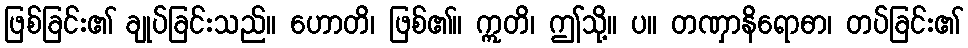
ဖြစ်ခြင်း၏ ချုပ်ခြင်းသည်။ ဟောတိ၊ ဖြစ်၏။ ဣတိ၊ ဤသို့။ ပ။ တဏှာနိရောဓာ၊ တပ်ခြင်း၏